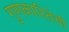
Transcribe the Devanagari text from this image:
गुणकारितेची